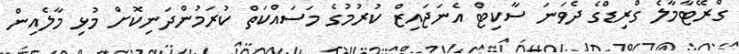
ގްރޭޓާމާލެ ގްރިޑްގެ ދެެވަނަ ސާކިޓް އެނަޖައިޒް ކުރުމުގެ މަސައްކަތް ކުރަމުންދަނިކޮށް މުޅި މާލެއިން